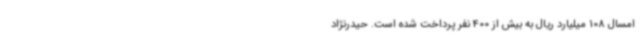
امسال 108 میلیارد ریال به بیش از 400 نفر پرداخت شده است. حیدرنژاد